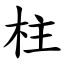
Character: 柱